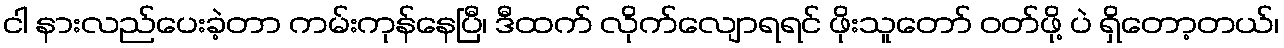
ငါ နားလည်ပေးခဲ့တာ ကမ်းကုန်နေပြီ၊ ဒီထက် လိုက်လျောရရင် ဖိုးသူတော် ဝတ်ဖို့ ပဲ ရှိတော့တယ်၊